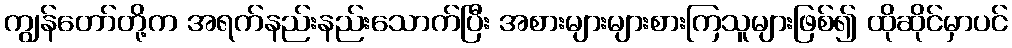
ကျွန်တော်တို့က အရက်နည်းနည်းသောက်ပြီး အစားများများစားကြသူများဖြစ်၍ ထိုဆိုင်မှာပင်